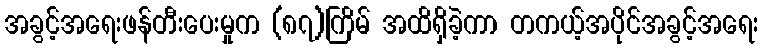
အခွင့်အရေးဖန်တီးပေးမှုက (၈၇)ကြိမ် အထိရှိခဲ့ကာ တကယ့်အပိုင်အခွင့်အရေး